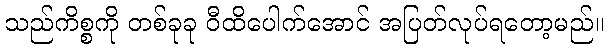
သည်ကိစ္စကို တစ်ခုခု ဝီထိပေါက်အောင် အပြတ်လုပ်ရတော့မည်။